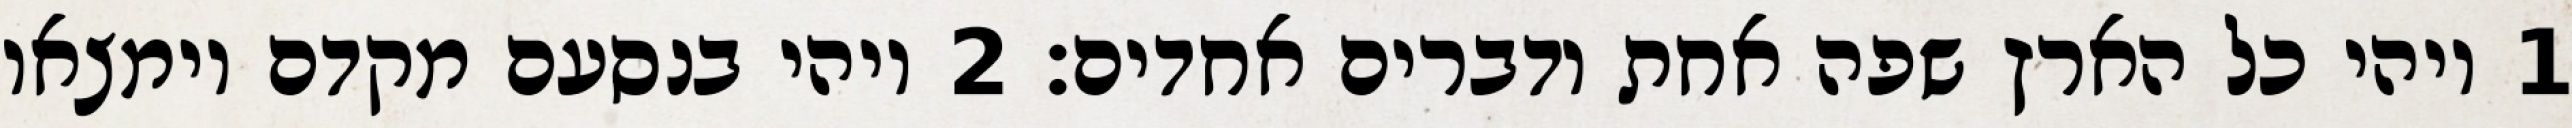
1 ויהי כל הארץ שפה אחת ודברים אחדים׃ ‎2‏ ויהי בנסעם מקדם וימצאו